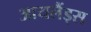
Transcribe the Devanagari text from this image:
आयलैंड्स